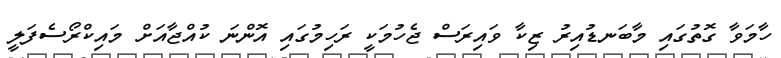
ހާމަވާ ގޮތުގައި މާބަނޑުއިރު ޒިކާ ވައިރަސް ޖެހުމަކީ ރަހިމުގައި އޮންނަ ކުއްޖާއަށް މައިކްރޯސެފަލީ